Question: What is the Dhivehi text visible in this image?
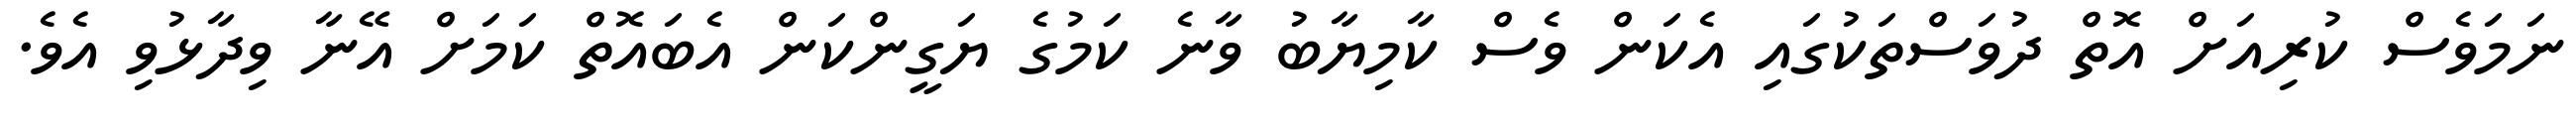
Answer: ނަމަވެސް ކުރިއަށް އޮތް ދުވަސްތަކުގައި އެކަން ވެސް ކާމިޔާބު ވާނެ ކަމުގެ ޔަގީންކަން އެބައޮތް ކަމަށް އޭނާ ވިދާޅުވި އެވެ.